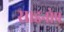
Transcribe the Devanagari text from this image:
साइनोप